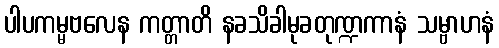
ပါပကမ္မဗလေန ကတ္တာတိ နခသိခါမုခတုဏ္ဍကာနံ သမ္ဗာဟနံ